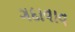
ગદાવાવ